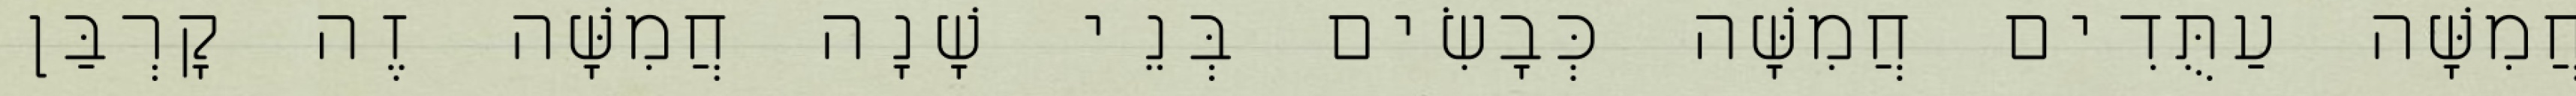
חֲמִשָּׁה עַתֻּדִים חֲמִשָּׁה כְּבָשִׂים בְּנֵי שָׁנָה חֲמִשָּׁה זֶה קָרְבַּן